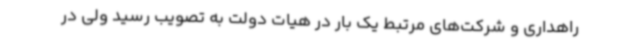
راهداری و شرکت‌های مرتبط یک بار در هیات دولت به تصویب رسید ولی در